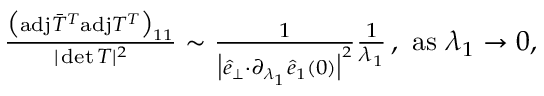
\begin{array} { r } { \! \! \! \frac { \big ( \mathrm { a d j } \bar { T } ^ { T } \mathrm { a d j } T ^ { T } \big ) _ { 1 1 } } { \vert \operatorname* { d e t } T \vert ^ { 2 } } \sim \frac { 1 } { \big \vert \hat { e } _ { \perp } { \cdot } \partial _ { \lambda _ { 1 } } \hat { e } _ { 1 } ( 0 ) \big \vert ^ { 2 } } \frac { 1 } { \lambda _ { 1 } } \, , ~ \mathrm { a s } ~ \lambda _ { 1 } \rightarrow 0 , } \end{array}